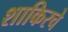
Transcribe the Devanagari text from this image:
शाकिरचे